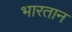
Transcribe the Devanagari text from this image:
भारतान